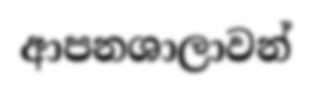
ආපනශාලාවන්